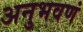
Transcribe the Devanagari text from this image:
अनुभवणं